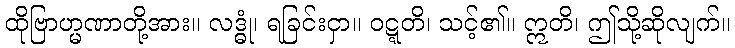
ထိုဗြာဟ္မဏာတို့အား။ လဒ္ဓုံ၊ ရခြင်းငှာ။ ဝဋ္ဋတိ၊ သင့်၏။ ဣတိ၊ ဤသို့ဆိုလျက်။